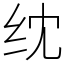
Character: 𬘘